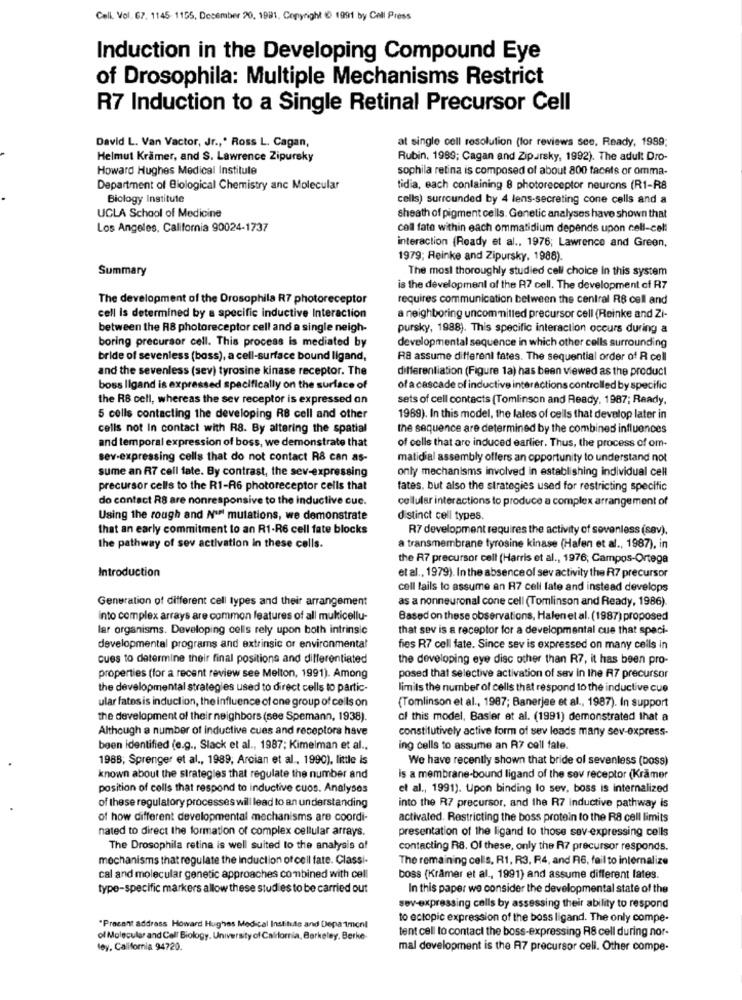
Cell, Vol. 67. 1145- 1155. December 20, 1991, Copyright 1991 by Call Press
Induction in the Developing Compound Eye
of Drosophila: Multiple Mechanisms Restrict
R7 Induction to a Single Retinal Precursor Cell
at single cell resolution (lor reviews see, Ready, 1999;
David L. Van Vactor, Jr ., ' Ross L. Cagan,
Helmut Krämer, and S. Lawrence Zipursky
Rubin, 1999; Cagan and Zipureky, 1992). The adult Dro-
Howard Hughes Medical Institute
sophila retina is composed of about 800 facets or omma-
Department of Biological Chemistry anc Molecular
tidia, each containing 8 photoreceptor neurons (R1-R8
Biology Institute
cells) surrounded by 4 lens-secreting cone cells and a
UCLA School of Medicine
sheath of pigment cells. Genetic analyses have shown that
Los Angeles, California 90024-1737
coll fate within each ommatidium depends upon cell-cell
interaction (Ready et al ., 1976; Lawrence and Green,
1979; Reinke and Zipursky, 1988).
Summary
The most thoroughly studied cell choice In this system
is the development of the R7 cell. The development of R7
The development of the Drosophila R7 photoreceptor
requires communication between the central R8 call and
cell is determined by a specific inductive Interaction
a neighboring uncommitted precursor cell (Reinke and Zi-
between the R8 photoreceptor cell and a single neigh-
pursky, 1988). This specific interaction occurs during a
boring precursor cell. This process is mediated by
developmental sequence in which other cells surrounding
bride of sevenless (bass), a cell-surface bound ligand,
R& assume different fates. The sequential order of R cell
and the sevenless (sev) tyrosine kinase receptor. The
differentiation (Figure 1a) has been viewed as the product
boss ligand is expressed specifically on the surface of
of a cascade of inductive interactions controlled by specific
the RB cell, whereas the sev receptor is expressed on
sets of cell contacts (Tomlinson and Ready, 1987; Ready,
5 cells contacting the developing R8 cell and other
1969). In this model, the lales of cells that develop later in
cells not In contact with R8. By altering the spatial
the sequence are determined by the combined influences
and temporal expression of boss, we demonstrate that
of cells that are induced earlier. Thus, the process of om-
sev-expressing cells that do not contact R8 can as-
matidial assembly offers an opportunity to understand not
sume an R7 cell fate. By contrast, the sev-expressing
only mechanisms involved in establishing individual cell
precursor cells to the R1-R6 photoreceptor cells that
fates, but also the strategies used for restricting specific
do contact RS are nonresponsive to the inductive cue.
cellular interactions to produce a complex arrangement of
Using the rough and Nur mutations, we demonstrate
distinct cell types.
that an early commitment to an R1-R6 cell fate blocks
R7 development requires the activity of sovenless (sev).
the pathway of sev activation in these cells.
a transmembrane tyrosine kinase (Hafen et al ., 1987), in
the R7 precursor cell (Harris et al ., 1976; Campos-Ortega
Introduction
et al ., 1979). In the absence of sev activity the R7 precursor
cell fails to assume an R7 cell fate and instead develops
Generation of different cell types and their arrangement
as a nonneuronal cone cell (Tomlinson and Ready, 1986).
into complex arrays are common features of all mukicellu-
Based on these observations, Halenet al. (1987) proposed
lar organisms. Developing cells rely upon both intrinsic
that sev is a receptor for a developmental cue that speci-
developmental programs and extrinsic or environmental
fies R7 cell fate. Since sev is expressed on many cells in
cues to determine their final positions and differentiated
the developing eye disc other than R7, it has been pro-
properties (for a recent review see Melton, 1991). Among
posed that selective activation of sav in the R7 precursor
the developmental strategies used to direct cells to partic-
limits the number of cells that respond to the inductive cue
ular fatos is induction, the influence of one group of cells on
(Tomlinson et al ., 1987; Banerjee et al ., 1987). In support
the development of their neighbors (see Spemann, 1938).
of this model, Basier et al. (1991) demonstrated that a
Although a number of inductive cues and receptors have
constitutively active form of sev leads many sev-express-
been identified (e.g ., Slack et al ., 1987; Kimelman et al .,
ing cells to assume an R7 call fale.
1988; Sprenger et al ., 1989, Arcian et al ., 1990), little is
We have recently shown that bride of sevenless (boss)
known about the strategies that regulate the number and
is a membrane-bound ligand of the sev receptor (Kramer
position of cells that respond to inductive cuos. Analyses
et al ., 1991). Upon binding lo sev, boss is internalized
of these regulatory processes will lead to an understanding
into the R7 precursor, and the R7 inductive pathway is
of how different developmental mechanisms are coordi-
activated. Restricting the boss protein to the R8 cell limits
nated to direct the formation of complex cellular arrays.
presentation of the ligand to those sev-expressing cells
The Drosophila retina is well suited to the analysis of
contacting R8. Of these, only the R7 precursor responds.
mechanisms that regulate the Induction of cell fate. Classi-
The remaining cells, R1, R3, R4, and RIG, fail to internalize
cal and molecular genetic approaches combined with cell
boss (Krämer et al ., 1991) and assume different lates.
type-specific markers allow these studies to be carried out
In this paper we consider the developmental state of the
sev-expressing calls by assessing their ability to respond
to ectopic expression of the boss ligand. The only compe-
"Present address Howard Hughes Medical Institute and Department
tent cell to contact the boss-expressing RS cell during nor-
of Molecular and Cell Biology. University of California, Berkeley, Berke-
ley, California 94720.
mal development is the A7 precursor cell. Other compe-